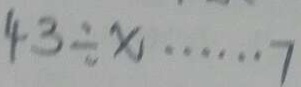
4 3 \div x \cdots 7